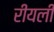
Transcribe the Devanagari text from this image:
रीयली